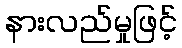
နားလည်မှုဖြင့်